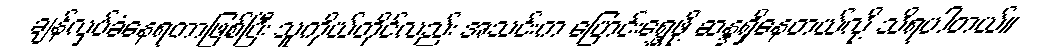
ချန်လှပ်ခံနေရတာဖြစ်ပြီး သူကိုယ်တိုင်လည်း အသင်းက ပြောင်းရွှေ့ဖို့ ဆန္ဒရှိနေတယ်လို့ သိရပါတယ်။